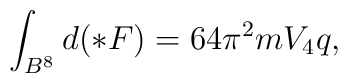
\int_{B^8} d (\ast F) = 64 \pi^2 m V_{4} q,